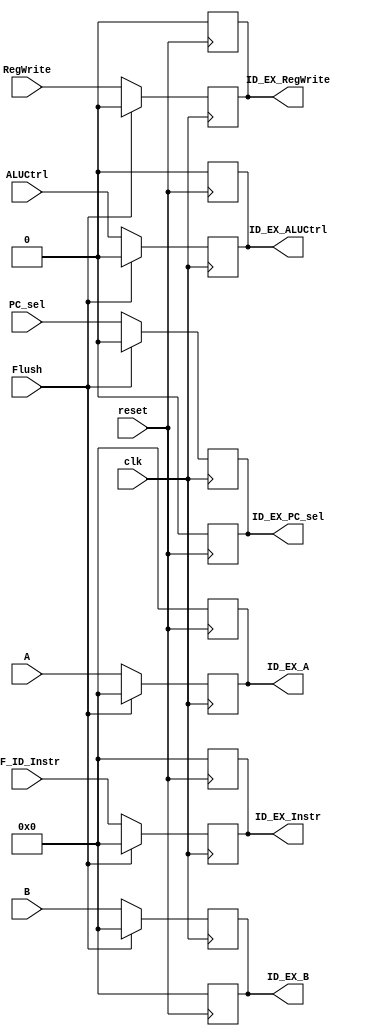
`timescale 1ns / 1ps
//////////////////////////////////////////////////////////////////////////////////
// Company: 
// Engineer: 
// 
// Design Name: 
// Module Name:    ID_EX_Reg 
// Project Name: 
// Target Devices: 
// Tool versions: 
// Description: 
//
// Dependencies: 
//
// Revision: 
// Revision 0.01 - File Created
// Additional Comments: 
//
//////////////////////////////////////////////////////////////////////////////////
module ID_EX_Reg(
    input clk,
    input reset,
	 input Flush,
    input [7:0] A,
    input [7:0] B,
	 input [7:0] IF_ID_Instr,
	 input PC_sel,
    input RegWrite,
    input ALUCtrl,
    output reg [7:0] ID_EX_A,
    output reg [7:0] ID_EX_B,
    output reg [7:0] ID_EX_Instr,
	 output reg ID_EX_PC_sel,
	 output reg ID_EX_RegWrite,
    output reg ID_EX_ALUCtrl
    );

always@(negedge reset)
begin
	ID_EX_A <= 0;
	ID_EX_B <= 0;
	ID_EX_Instr <= 0;
	ID_EX_PC_sel <= 0;
	ID_EX_RegWrite <= 0;
	ID_EX_ALUCtrl <= 0;
end

always@(posedge clk)
begin
	if(Flush) begin
		ID_EX_A <= 0;
		ID_EX_B <= 0;
		ID_EX_Instr <= 0;
		ID_EX_PC_sel <= 0;
		ID_EX_RegWrite <= 0;
		ID_EX_ALUCtrl <= 0;
	end
	else begin
		ID_EX_A <= A;
		ID_EX_B <= B;
		ID_EX_Instr <= IF_ID_Instr;
		ID_EX_PC_sel <= PC_sel;
		ID_EX_RegWrite <= RegWrite;
		ID_EX_ALUCtrl <= ALUCtrl;
	end
end

endmodule